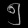
Digit: ၅